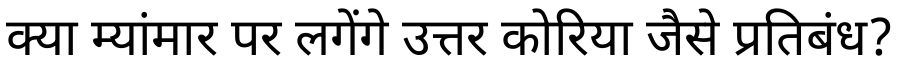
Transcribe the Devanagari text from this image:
क्या म्यांमार पर लगेंगे उत्तर कोरिया जैसे प्रतिबंध?